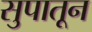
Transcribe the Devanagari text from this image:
सुपातून